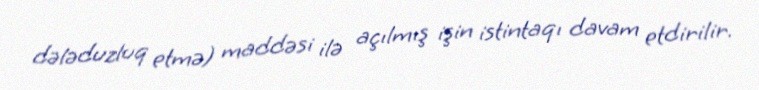
dələduzluq etmə) maddəsi ilə açılmış işin istintaqı davam etdirilir.